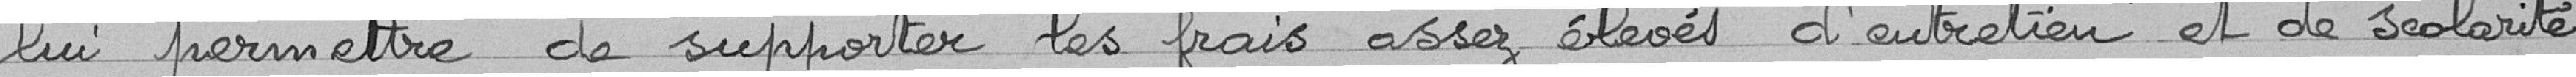
lui permettre de supporter les frais assez élevés d'entretien et de scolarité